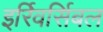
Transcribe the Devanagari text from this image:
इर्रिवर्सिबल